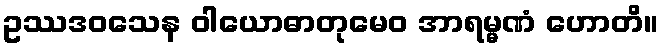
ဥဿဒဝသေန ဝါယောဓာတုမေဝ အာရမ္မဏံ ဟောတိ။